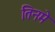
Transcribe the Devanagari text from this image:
तिनमे